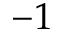
- 1